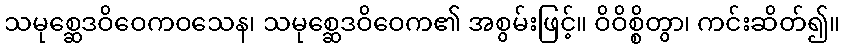
သမုစ္ဆေဒဝိဝေကဝသေန၊ သမုစ္ဆေဒဝိဝေက၏ အစွမ်းဖြင့်။ ဝိဝိစ္စိတွာ၊ ကင်းဆိတ်၍။